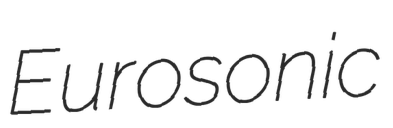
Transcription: Eurosonic